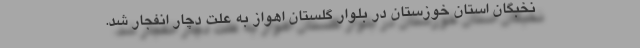
نخبگان استان خوزستان در بلوار گلستان اهواز به علت دچار انفجار شد.